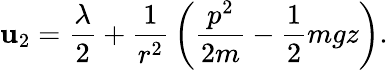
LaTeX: \mathbf{u}_{2}={\frac{{\lambda}}{{2}}}+{\frac{{1}}{{r^{2}}}}\left({\frac{{p^{2}}}{{2m}}}-{\frac{{1}}{{2}}}mgz\right).